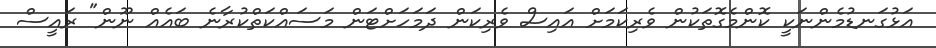
އަޅުގަނޑުމެންނަކީ ކޮންމެގޮތަކުން ވެރިކަމަށް އައިސް ވެރިކަން ދަމަހަށްޓަން މަސައްކަތްކުރާނެ ބައެއް ނޫން" ރައީސް